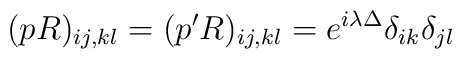
(pR)_{ij,kl}=(p'R)_{ij,kl}=e^{i\lambda \Delta}\delta_{ik}\delta_{jl}